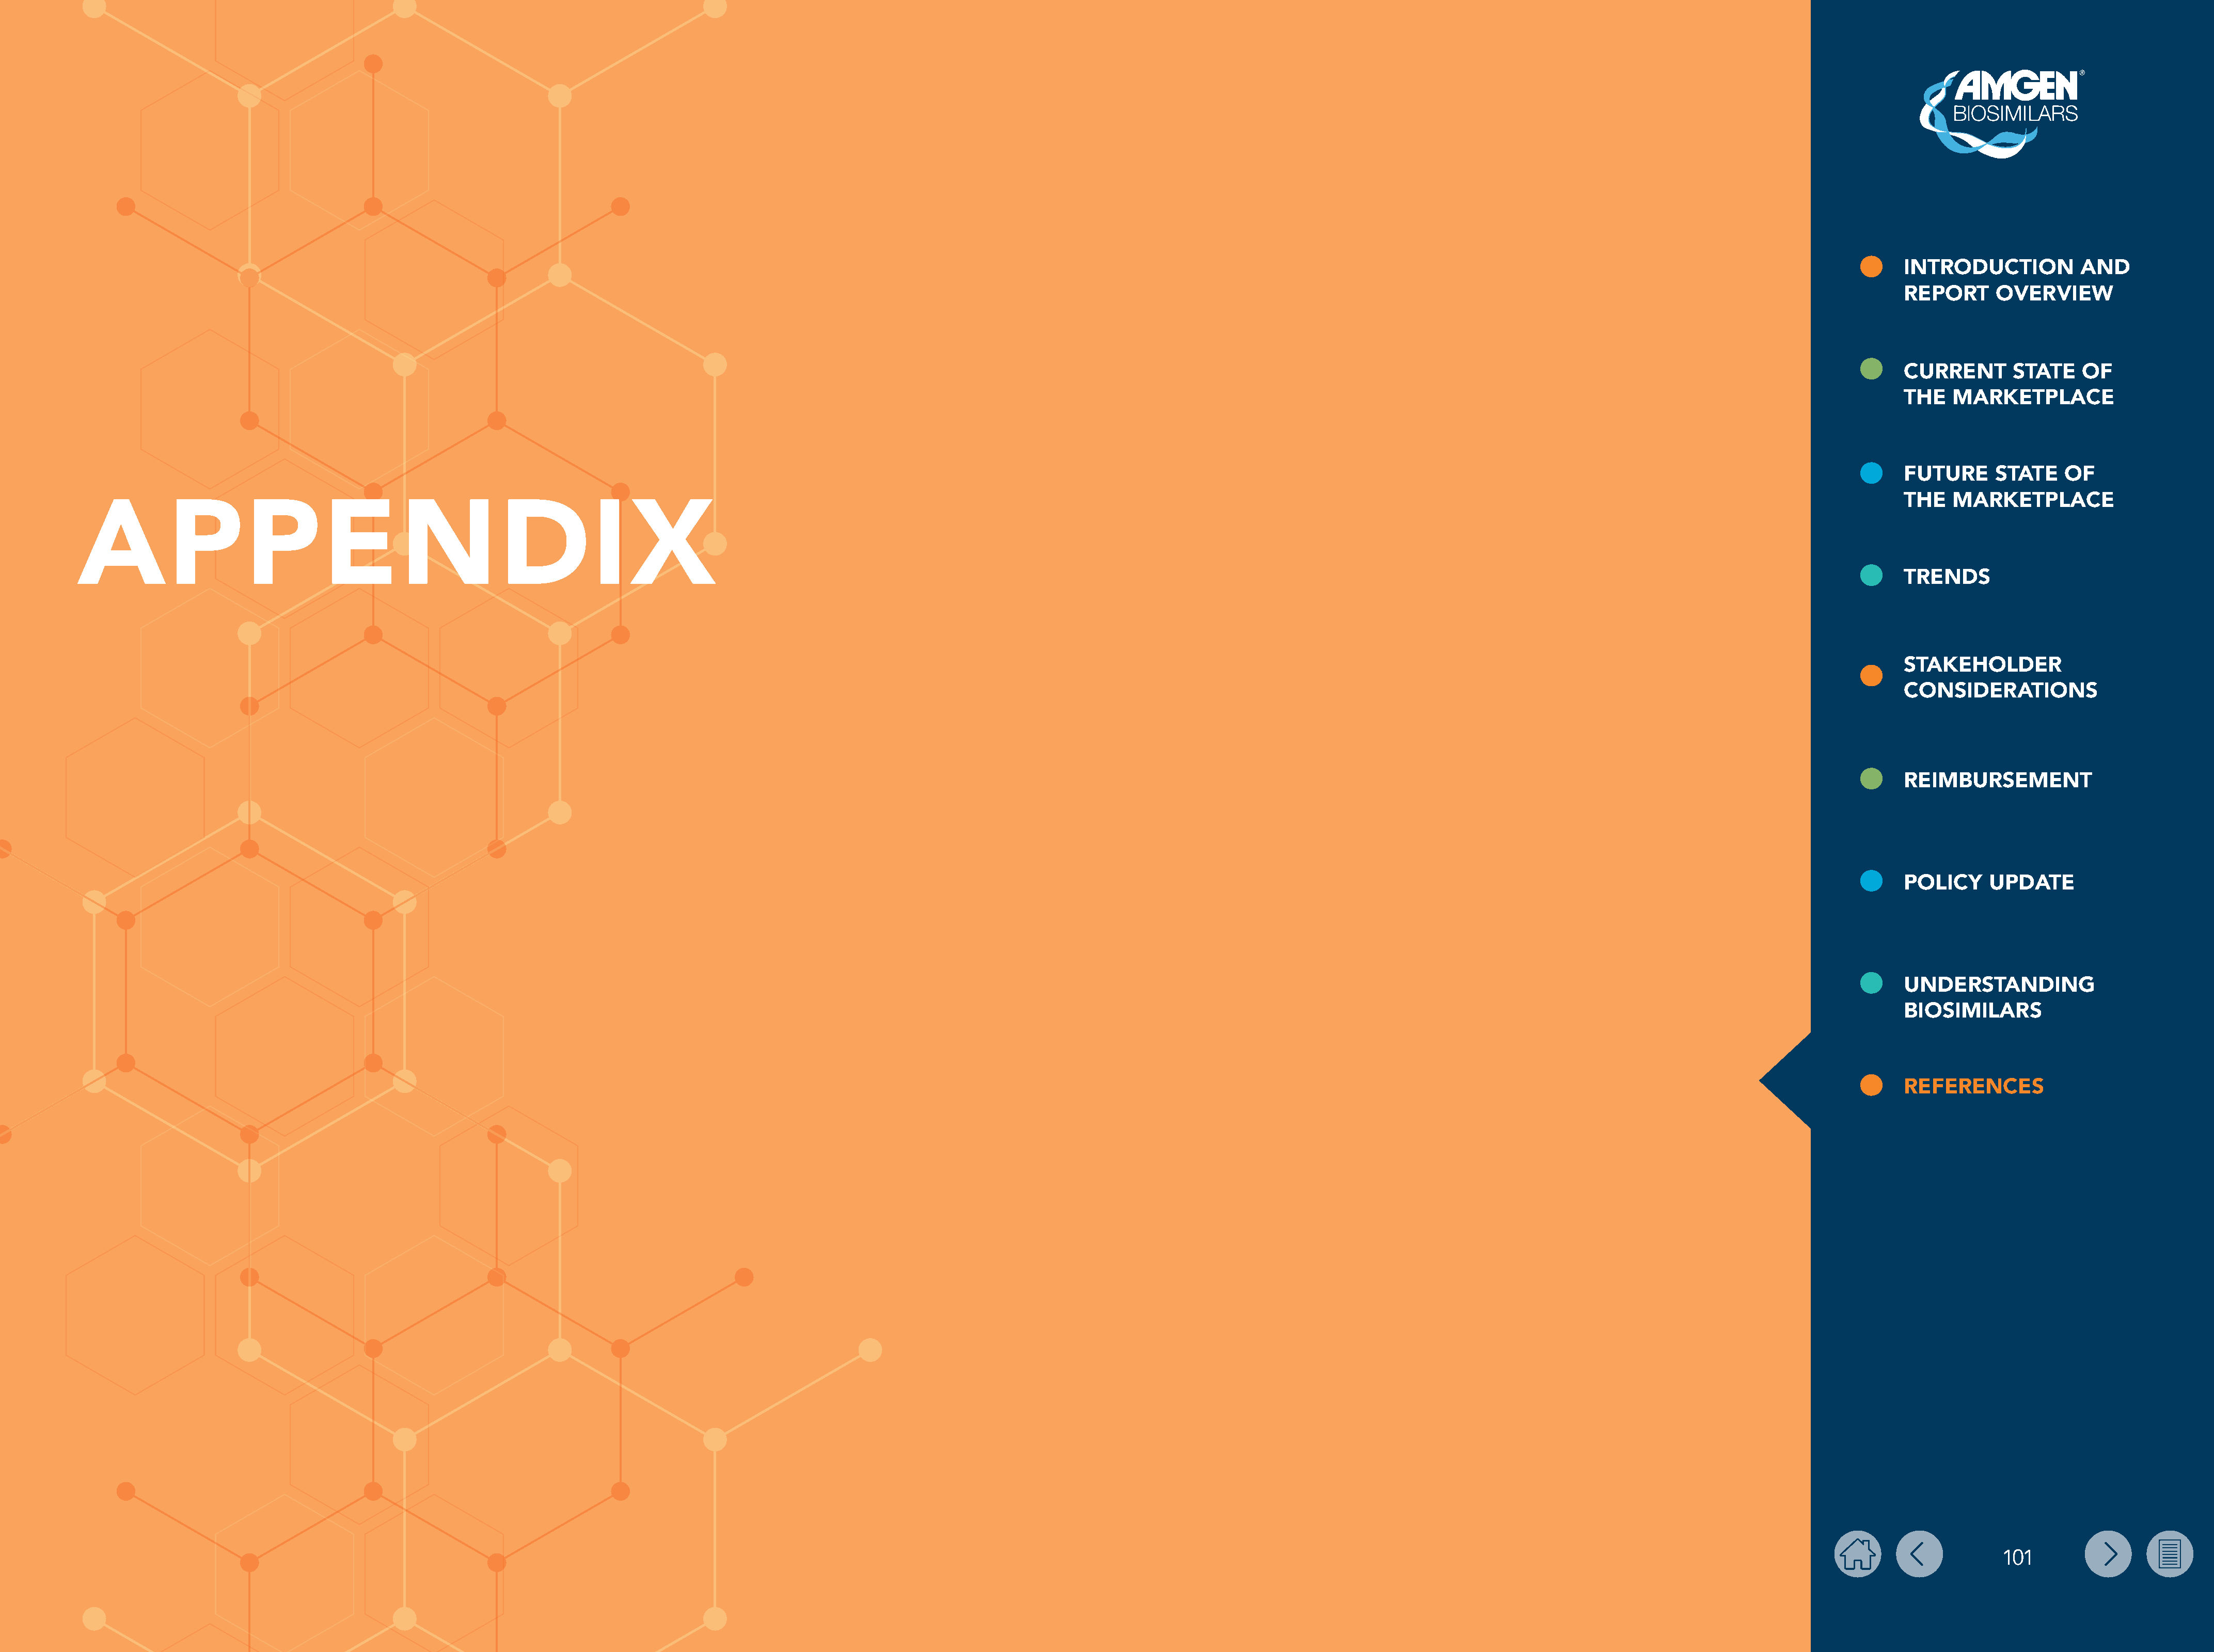
INTRODUCTION           AND
 REPORT      OVERVIEW
 CURRENT       STATE    OF
 THE   MARKETPLACE
 FUTURE      STATE    OF
 THE   MARKETPLACE
 APPENDIX
 TRENDS
 STAKEHOLDER
 CONSIDERATIONS
 REIMBURSEMENT
 POLICY     UPDATE
 UNDERSTANDING
 BIOSIMILARS
 REFERENCES
 101